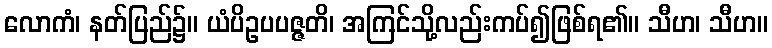
လောကံ၊ နတ်ပြည်၌။ ယံပိဥပပဇ္ဇတိ၊ အကြင်သို့လည်းကပ်၍ဖြစ်ရ၏။ သီဟ၊ သီဟ။